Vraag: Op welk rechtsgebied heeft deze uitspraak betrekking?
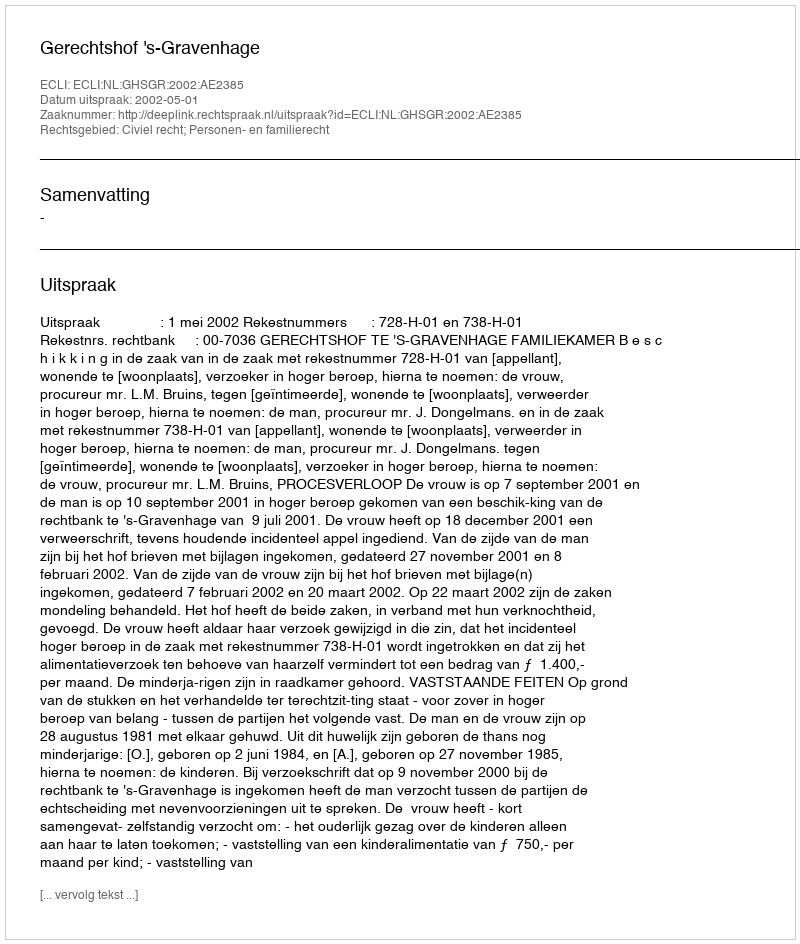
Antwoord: Civiel recht; Personen- en familierecht